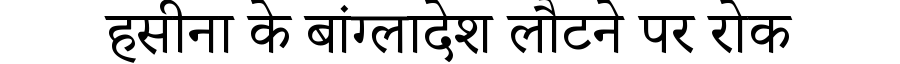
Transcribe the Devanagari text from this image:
हसीना के बांग्लादेश लौटने पर रोक